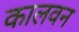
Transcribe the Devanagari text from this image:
कालवन